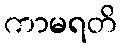
ကာမရတိ